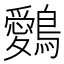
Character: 𪇈